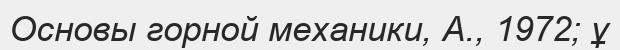
Основы горной механики, А., 1972; ұ